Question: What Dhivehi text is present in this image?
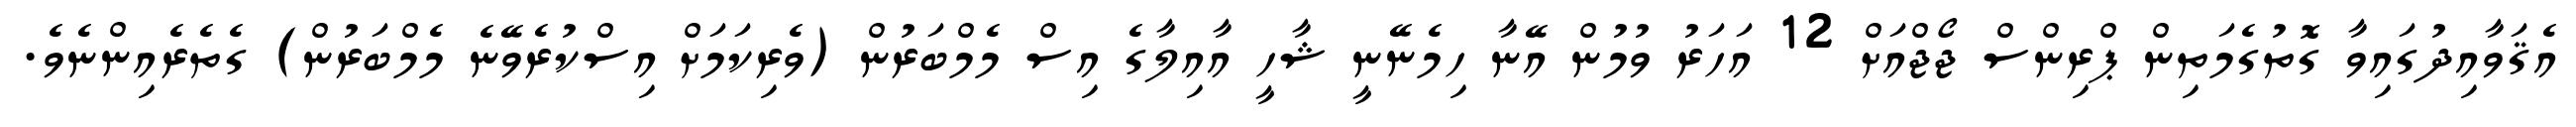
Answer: އެޤަވާއިދުގައިވާ ގޮތުގެމަތިން ޕްރިންސް ޖޯޖްއަށް 12 އަހަރު ވުމުން އޭނާ ހިމެނޭނީ ޝާހީ އާއިލާގެ އިސް މެމްބަރުން (ވެރިކަމަށް އިސްކުރެވޭނެ މެމްބަރުން) ގެތެރެއިންނެވެ.